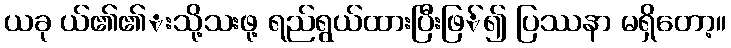
ယခု ယ်၏၏းသို့သးဖု့ ရည်ရွယ်ထားပြီးဖြ်၍ ပြဿနာ မရှိတော့။